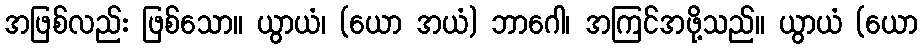
အဖြစ်လည်း ဖြစ်သော။ ယွာယံ၊ (ယော အယံ) ဘာဂေါ၊ အကြင်အဖို့သည်။ ယွာယံ (ယော